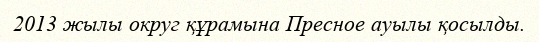
2013 жылы округ құрамына Пресное ауылы қосылды.